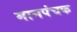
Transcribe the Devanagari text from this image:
मानपंचक